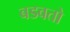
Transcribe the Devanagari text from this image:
बडवतो